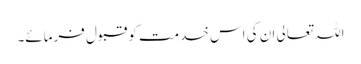
اللہ تعالی ان کی اس خدمت کو قبول فرمائے۔